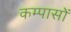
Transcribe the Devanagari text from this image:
कम्पासों